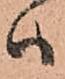
ハ